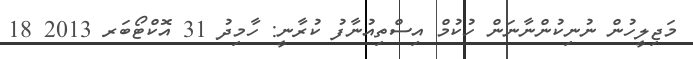
މަޖިލީހުން ނުނިކުންނާނަން ހުކުމް އިސްތިއުނާފު ކުރާނީ: ހާމިދު 31 އޮކްޓޯބަރ 2013 18